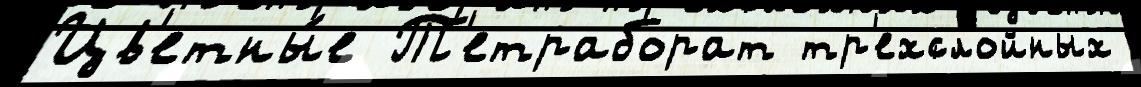
Цв'етны́е Т'етраборат тр'ехслойных